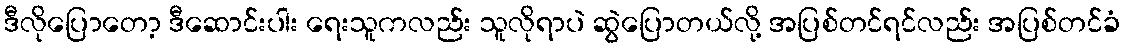
ဒီလိုပြောတော့ ဒီဆောင်းပါး ရေးသူကလည်း သူလိုရာပဲ ဆွဲပြောတယ်လို့ အပြစ်တင်ရင်လည်း အပြစ်တင်ခံ